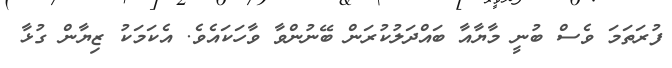
ފުރަތަމަ ވެސް ބުނީ މާޔާއާ ބައްދަލުކުރަން ބޭނުންވާ ވާހަކައެވެ. އެކަމަކު ޒިޔާން ގުޅާ